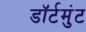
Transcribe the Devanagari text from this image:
डॉर्टमुंट